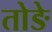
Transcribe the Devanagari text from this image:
तोङे